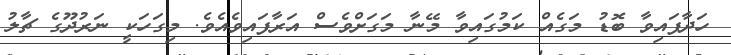
ހަދާފައިވާ ބޮޑު މަގެއް ކަމުގައިވާ މޭނާ މަގަށްވެސް އަރާފައިވެއެވެ. މިގަހަކީ ނަރުދޫގެ ޗާލު